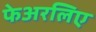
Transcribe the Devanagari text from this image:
फेअरलिए